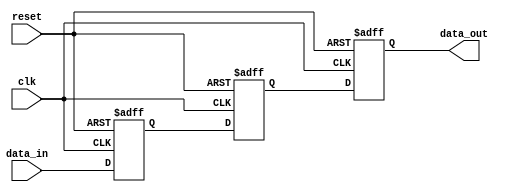
module three_flop_synchronizer (
    input wire clk, // Clock signal
    input wire reset, // Reset signal
    input wire data_in, // Input data signal to be synchronized
    output reg data_out // Synchronized output data signal
);

reg [2:0] flop1, flop2, flop3; // Three flip-flops for synchronization

always @(posedge clk or posedge reset) begin
    if (reset) begin
        flop1 <= 1'b0;
        flop2 <= 1'b0;
        flop3 <= 1'b0;
    end else begin
        flop1 <= data_in;
        flop2 <= flop1;
        flop3 <= flop2;
    end
end

assign data_out = flop3; // Output synchronized data

endmodule